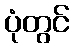
ပုံတွင်